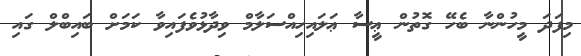
މިފަދަ މީހުންނާ ބެހޭ ގޮތުން ޢީސާ ޢަލައިހިއްސަލާމް ވިދާޅުވެފައިވާ ކަމަށް ބައިބްލް ގައި